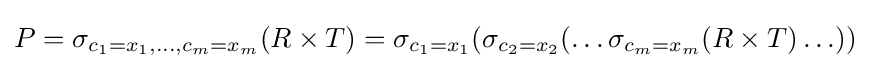
P=\sigma _{c_{1}=x_{1},\ldots ,c_{m}=x_{m}}(R\times T)=\sigma _{c_{1}=x_{1}}(\sigma _{c_{2}=x_{2}}(\ldots \sigma _{c_{m}=x_{m}}(R\times T)\ldots ))